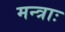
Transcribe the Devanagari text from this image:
मन्त्राः